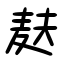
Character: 麸